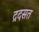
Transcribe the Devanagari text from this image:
द्रदसत